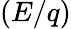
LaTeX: \left(E/q\right)